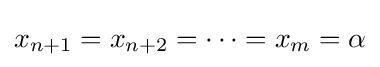
x_{n+1}=x_{n+2}=\cdots =x_{m}=\alpha